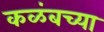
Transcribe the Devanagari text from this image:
कळंबच्या